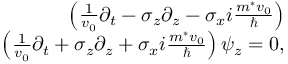
\begin{array} { r l r } & { } & { \left( \frac { 1 } { v _ { 0 } } \partial _ { t } - \sigma _ { z } \partial _ { z } - \sigma _ { x } i \frac { m ^ { * } v _ { 0 } } { \hbar } \right) } \\ & { } & { \left( \frac { 1 } { v _ { 0 } } \partial _ { t } + \sigma _ { z } \partial _ { z } + \sigma _ { x } i \frac { m ^ { * } v _ { 0 } } { \hbar } \right) \psi _ { z } = 0 , } \end{array}